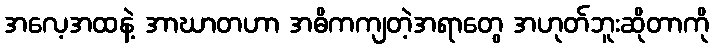
အလေ့အထနဲ့ အာဃာတဟာ အဓိကကျတဲ့အရာတွေ အဟုတ်ဘူးဆိုတာကို